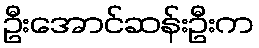
ဦးအောင်ဆန်းဦးက